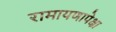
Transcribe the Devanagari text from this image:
रामायणापेक्षा